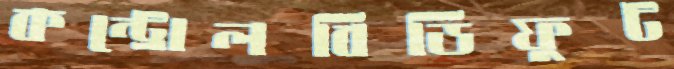
কন্ট্রোলবিডিফুট